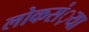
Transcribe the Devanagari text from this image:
लोकसं़या